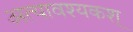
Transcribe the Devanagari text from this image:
अत्यावश्यकश्